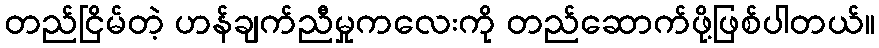
တည်ငြိမ်တဲ့ ဟန်ချက်ညီမှုကလေးကို တည်ဆောက်ဖို့ဖြစ်ပါတယ်။